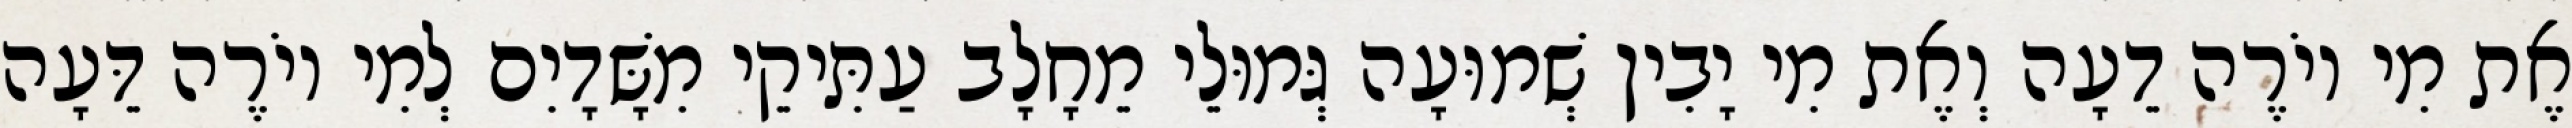
אֶת מִי יוֹרֶה דֵעָה וְאֶת מִי יָבִין שְׁמוּעָה גְּמוּלֵי מֵחָלָב עַתִּיקֵי מִשָּׁדָיִם לְמִי יוֹרֶה דֵּעָה